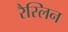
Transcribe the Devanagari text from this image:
रैस्लिन